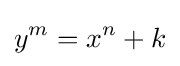
y^{m}=x^{n}+k